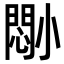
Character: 𫵈